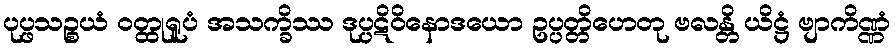
ပုပ္ဖသဉ္စယံ ဝတ္ထုရူပံ အသက္ခိဿ ဒုပ္ပဋိဝိနောဒယော ဥပ္ပတ္တိဟေတု ဗလန္တိ ယိဋ္ဌံ ဗျာကိဏ္ဏံ